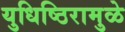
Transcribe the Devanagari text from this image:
युधिष्ठिरामुळे